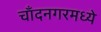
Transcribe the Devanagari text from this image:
चाँदनगरमध्ये